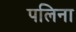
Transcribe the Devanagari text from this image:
पलिना